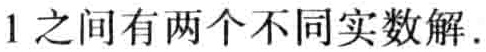
$1之间有两个不同实数解.$